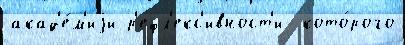
акад'е́м'иjи р'ефл'екс'ивност'и  кото́рого